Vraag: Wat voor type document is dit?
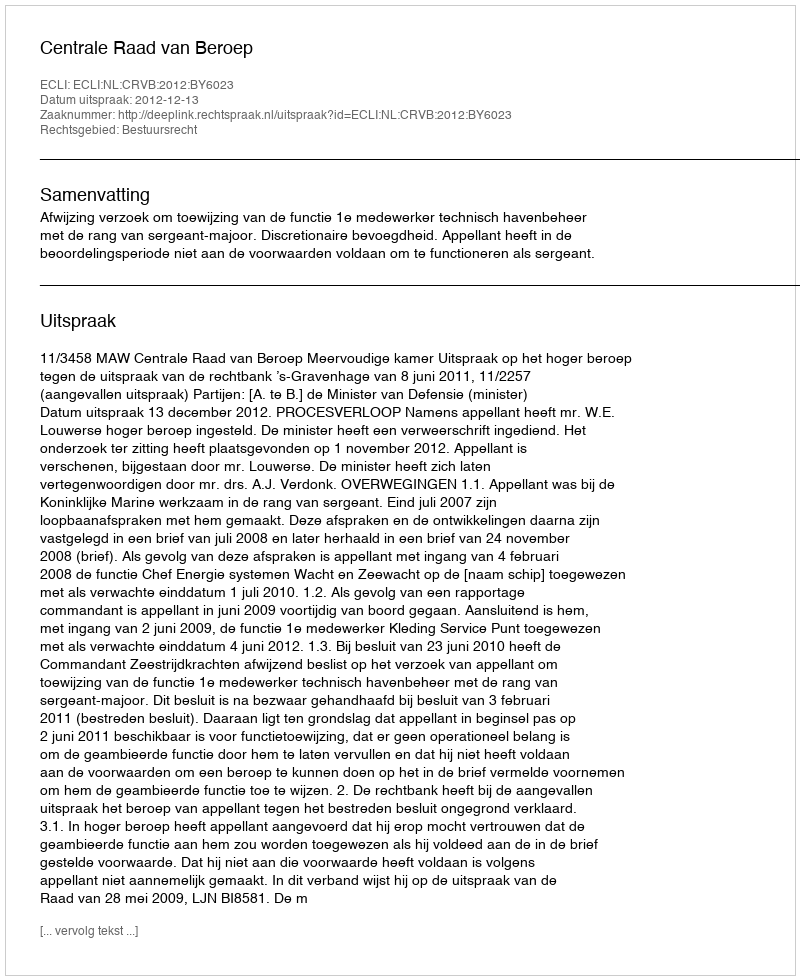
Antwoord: Uitspraak